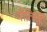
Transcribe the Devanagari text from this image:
गीतिवृत्त